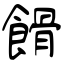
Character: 餶